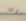
نوك